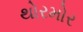
થોરમોર